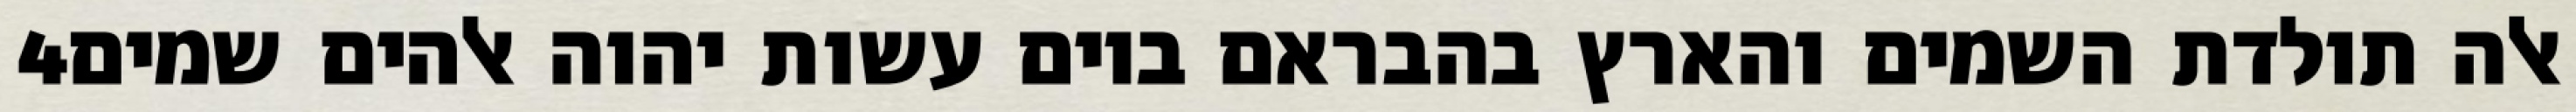
‎4‏ אלה תולדת השמים והארץ בהבראם ביום עשות יהוה אלהים שמים